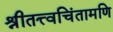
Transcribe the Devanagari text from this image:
श्रीतत्त्वचिंतामणि